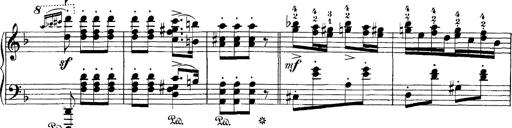
Title: Hungarian Rhapsody No.7
Composer: Franz Liszt
Key: D minor